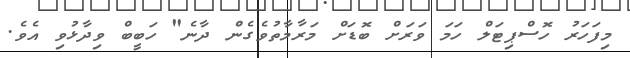
މިފަހަރު ހޮސްޕިޓަލް ހަމަ ވަރަށް ބޮޑަށް މަރާމާތުވެގެން ދާނެ" ހަބީބް ވިދާޅުވި އެވެ.